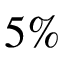
5 \%